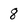
Character: 8